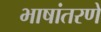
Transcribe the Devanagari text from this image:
भाषांतरणे